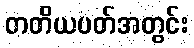
တတိယပတ်အတွင်း